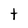
Character: t